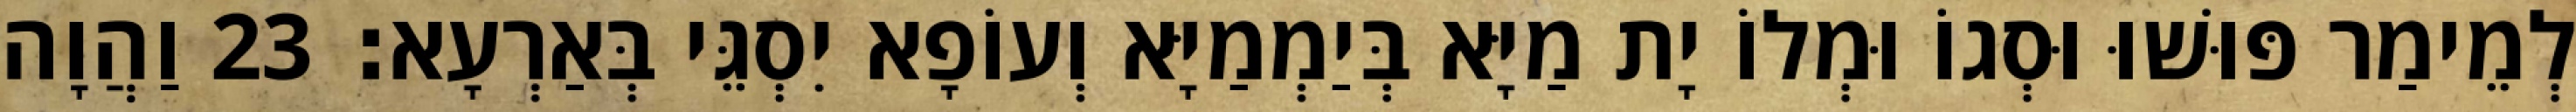
לְמֵימַר פּוּשׁוּ וּסְגוֹ וּמְלוֹ יָת מַיָּא בְּיַמְמַיָּא וְעוֹפָא יִסְגֵּי בְּאַרְעָא׃ 23 וַהֲוָה